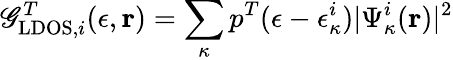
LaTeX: \mathscr{G}_{\mathrm{{LDOS}},i}^{T}(\epsilon,\mathbf{{r}})=\sum_{\kappa}p^{T}(\epsilon-\epsilon_{\kappa}^{i})|\Psi_{\kappa}^{i}(\mathbf{{r}})|^{2}